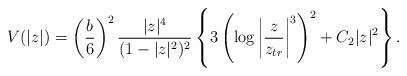
LaTeX: \begin{align*}V(|z|) = \left(\frac{b}{6}\right)^2 \frac{|z|^4}{(1-|z|^2)^2} \left\{ 3\left(\log \left|\frac{z}{z_{tr}} \right|^3 \right)^2 +C_2|z|^2 \right\}. \end{align*}